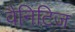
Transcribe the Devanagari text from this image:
वैनिटिज